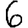
Digit: 6